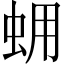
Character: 𧊊